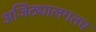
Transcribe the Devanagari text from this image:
अजिंठ्यालगतच